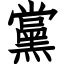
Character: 黨